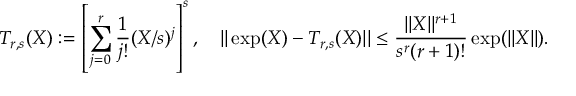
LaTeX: T _ { r , s } ( X ) : = \left[ \sum _ { j = 0 } ^ { r } { \frac { 1 } { j ! } } ( X / s ) ^ { j } \right] ^ { s } , \quad | | \exp ( X ) - T _ { r , s } ( X ) | | \leq { \frac { | | X | | ^ { r + 1 } } { s ^ { r } ( r + 1 ) ! } } \exp ( | | X | | ) .